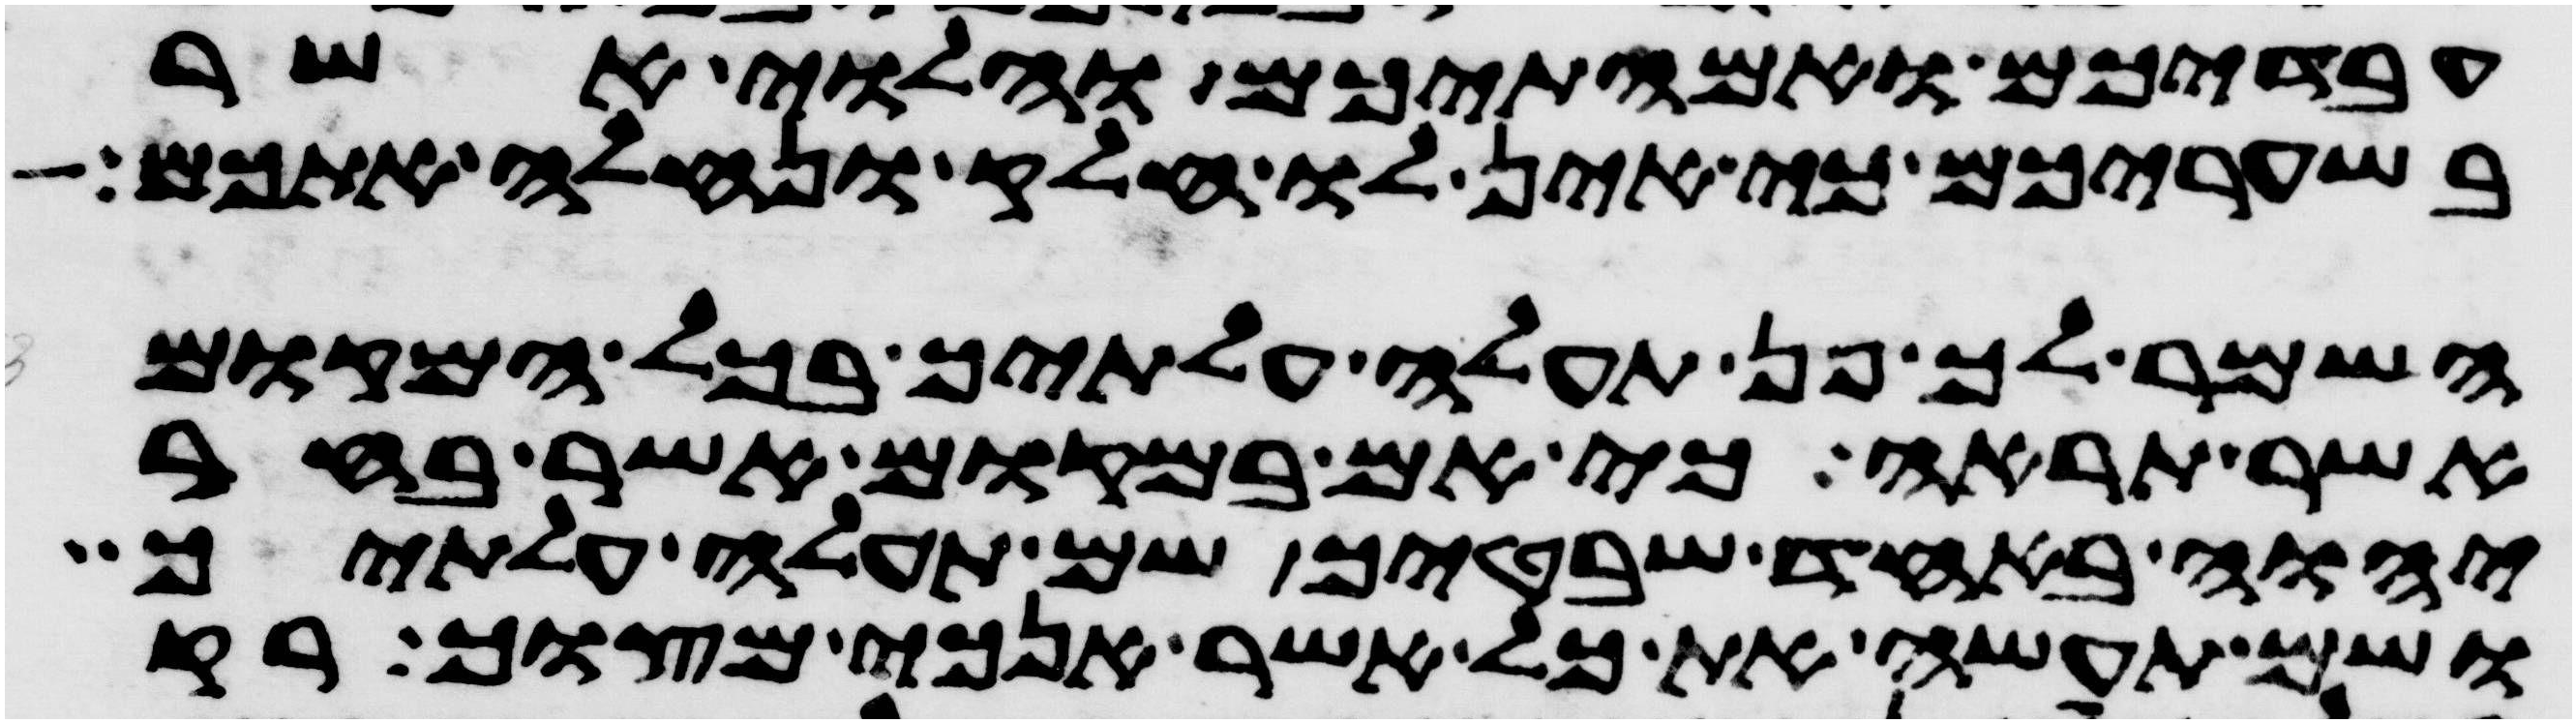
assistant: עבדיכם ואמתיכם והלוי אשר
בשעריכם כי אין לו חלק ונחלה אתכם
השמר לך פן תעלה עלתיך בכל המקום
אשר תראה כי אם במקום אשר בחר
יהוה באחד שבטיך שם תעלה עלתיך
ושם תעשה את כל אשר אנכי מצוך רק